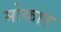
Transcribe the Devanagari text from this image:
मोकार